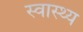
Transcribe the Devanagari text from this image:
स्‍वास्थ्य